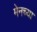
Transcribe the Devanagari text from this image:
मेनच्या